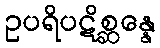
ဥပရိပဋိစ္ဆန္နေ